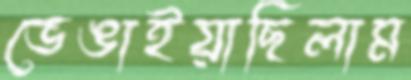
ভেঙাইয়াছিলাম